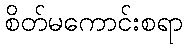
စိတ်မကောင်းစရာ